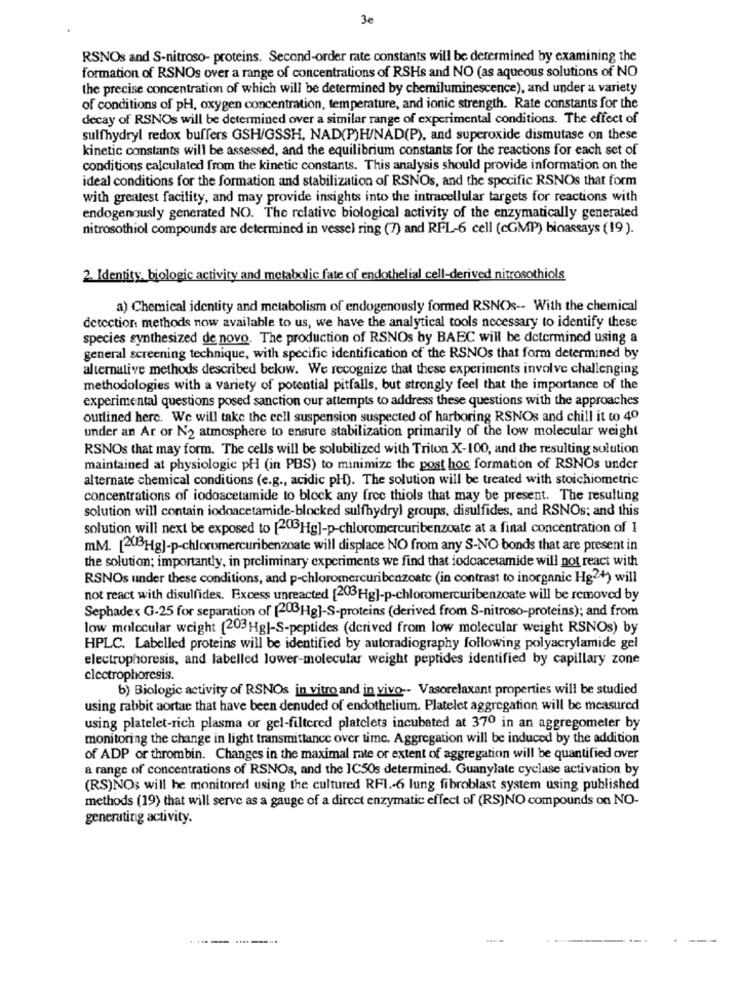
3e
RSNOs and S-nitroso- proteins. Second-order rate constants will be determined by examining the
formation of RSNOs over a range of concentrations of RSHs and NO (as aqueous solutions of NO
the precise concentration of which will be determined by chemiluminescence), and under a variety
of conditions of pH, oxygen concentration, temperature, and ionic strength. Rate constants for the
decay of RSNOs will be determined over a similar range of experimental conditions. The effect of
sulfhydryl redox buffers GSH/GSSH, NAD(P)H/NAD(P), and superoxide dismutase on these
kinetic constants will be assessed, and the equilibrium constants for the reactions for each set of
conditions calculated from the kinetic constants. This analysis should provide information on the
ideal conditions for the formation and stabilization of RSNOs, and the specific RSNOs that form
with greatest facility, and may provide insights into the intracellular targets for reactions with
endogenously generated NO. The relative biological activity of the enzymatically generated
nitrosothiol compounds are determined in vessel ring (7) and RFL-6 cell (cGMP) bioassays (19).
2. Identity, biologic activity and metabolic fate of endothelial cell-derived nitrosothiols
a) Chemical identity and metabolism of endogenously formed RSNOs -- With the chemical
detection methods now available to us, we have the analytical tools necessary to identify these
species synthesized de novo. The production of RSNOs by BAEC will be determined using a
general screening technique, with specific identification of the RSNOs that form determined by
alternative methods described below. We recognize that these experiments involve challenging
methodologies with a variety of potential pitfalls, but strongly feel that the importance of the
experimental questions posed sanction our attempts to address these questions with the approaches
outlined here. We will take the cell suspension suspected of harboring RSNOs and chill it to 40
under an Ar or N'2 atmosphere to ensure stabilization primarily of the low molecular weight
RSNOs that may form. The cells will be solubilized with Triton X-100, and the resulting solution
maintained at physiologic pH (in PBS) to minimize the post hoc formation of RSNOs under
alternate chemical conditions (e.g ., acidic pH). The solution will be treated with stoichiometric
concentrations of iodoacetamide to block any free thiols that may be present. The resulting
solution will contain iodoacetamide-blocked sulfhydryl groups, disulfides, and RSNOs; and this
solution will next be exposed to [203Hg]-p-chloromercuribenzoate at a final concentration of I
mM. [208Hg]-p-chloromercuribenzoate will displace NO from any S-NO bonds that are present in
the solution; importantly, in preliminary experiments we find that iodoacetamide will not react with
RSNOs under these conditions, and p-chloromercuribenzoate (in contrast to inorganic Hg2+) will
not react with disulfides. Excess unreacted [203Hg]-p-chloromercuribenzoate will be removed by
Sephadex G-25 for separation of [203Hg]-S-proteins (derived from S-nitroso-proteins); and from
low molecular weight [203Hg]-S-peptides (derived from low molecular weight RSNOs) by
HPLC. Labelled proteins will be identified by autoradiography following polyacrylamide gel
electrophoresis, and labelled lower-molecular weight peptides identified by capillary zone
electrophoresis.
b) Biologic activity of RSNOs in vitro and in vivo -- Vasorelaxant properties will be studied
using rabbit aortae that have been denuded of endothelium. Platelet aggregation will be measured
using platelet-rich plasma or gel-filtered platelets incubated at 370 in an aggregometer by
monitoring the change in light transmittance over time. Aggregation will be induced by the addition
of ADP or thrombin. Changes in the maximal rate or extent of aggregation will be quantified over
a range of concentrations of RSNOs, and the IC50s determined. Guanylate cyclase activation by
(RS)NO; will he monitored using the cultured RFI .- 6 lung fibroblast system using published
methods (19) that will serve as a gauge of a dircet enzymatic effect of (RS)NO compounds on NO-
generating activity.
-------.